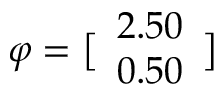
\boldsymbol { \varphi } = \bigl [ \begin{array} { l } { 2 . 5 0 } \\ { 0 . 5 0 } \end{array} \bigr ]